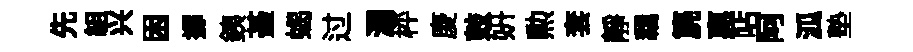
先組兴困擲銕䑓蝎过濶枰庱鼓妍勲套靜羈篪惠呫阿泒塾